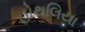
હોથલિયા